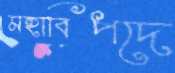
মহাবিপদে